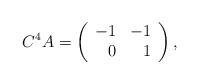
LaTeX: \begin{align*}C^4A=\left( \begin{array}{rr} -1 & -1 \\ 0 & 1 \\ \end{array}\right),\end{align*}